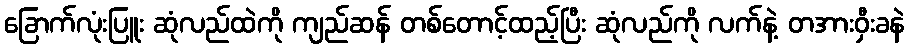
ခြောက်လုံးပြူး ဆုံလည်ထဲကို ကျည်ဆန် တစ်တောင့်ထည့်ပြီး ဆုံလည်ကို လက်နဲ့ တအားဝှီးခနဲ